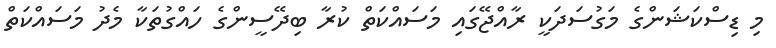
މި ޑިސްކަޝަންގެ މަގުސަދަކީ ރާއްޖޭގައި މަސައްކަތް ކުރާ ބިދޭސީންގެ ހައްގުތަކާ މެދު މަސައްކަތް